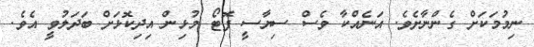
ނިމުމަކަށް ގެންނާށެވެ. އަނެއްކާ ވެސް ސިޔާސީ ފޮޓޯ މުޅިން އިދިކޮޅަށް ބަދަލުވީ އެވެ.